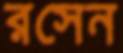
রসেন